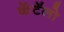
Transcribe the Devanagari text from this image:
कॅटॅलो